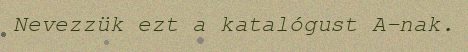
Nevezzük ezt a katalógust A-nak.